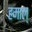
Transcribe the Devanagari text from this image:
हमाल्